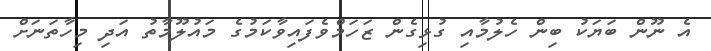
އެ ނޫން ބަޔަކު ބިން ހެލުމާއި ގުޅިގެން ޒަހަމްވެފައިވާކަމުގެ މައުލޫމާތު އަދި މިހާތަނަށް